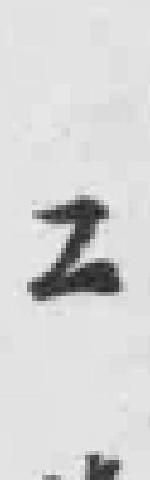
工